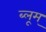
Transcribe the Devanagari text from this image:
ब्लूम्